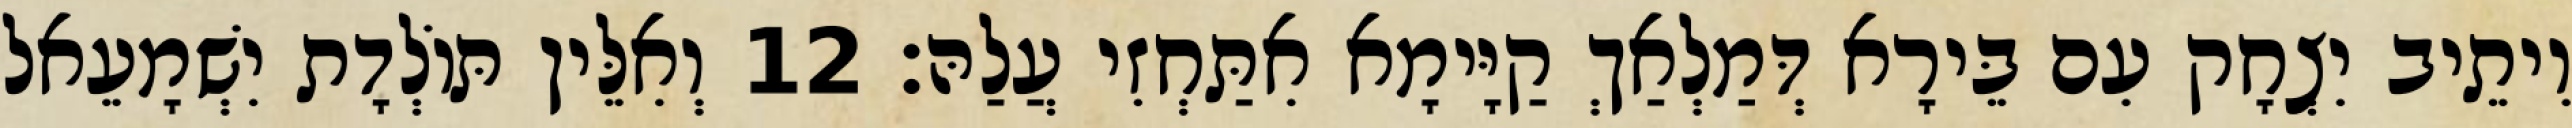
וִיתֵיב יִצְחָק עִם בֵּירָא דְּמַלְאַךְ קַיָּימָא אִתַּחְזִי עֲלַהּ׃ 12 וְאִלֵּין תּוֹלְדָת יִשְׁמָעֵאל